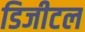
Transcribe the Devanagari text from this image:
डिजीटल